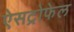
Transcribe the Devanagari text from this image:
ऐसट्रोफेल